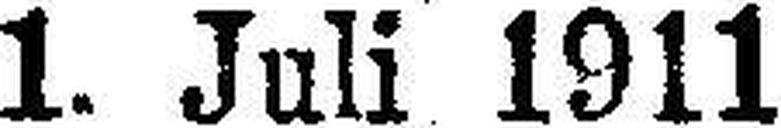
1. Juli 1911